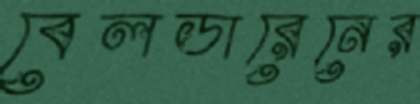
বেলডারেনের